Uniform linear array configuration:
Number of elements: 32
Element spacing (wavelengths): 0.75
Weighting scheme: hamming
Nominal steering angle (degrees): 30
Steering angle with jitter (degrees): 30.091
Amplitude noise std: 0.05
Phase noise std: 0.05

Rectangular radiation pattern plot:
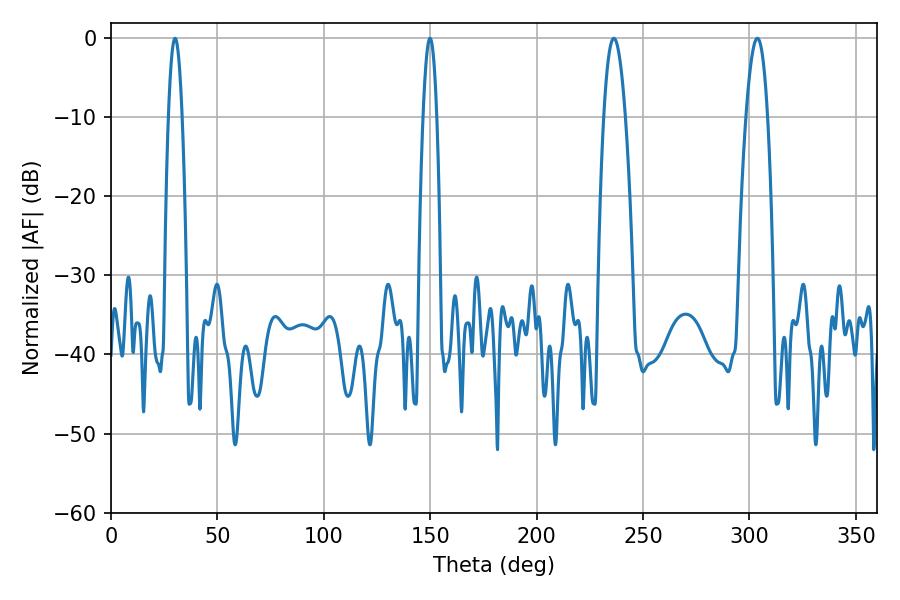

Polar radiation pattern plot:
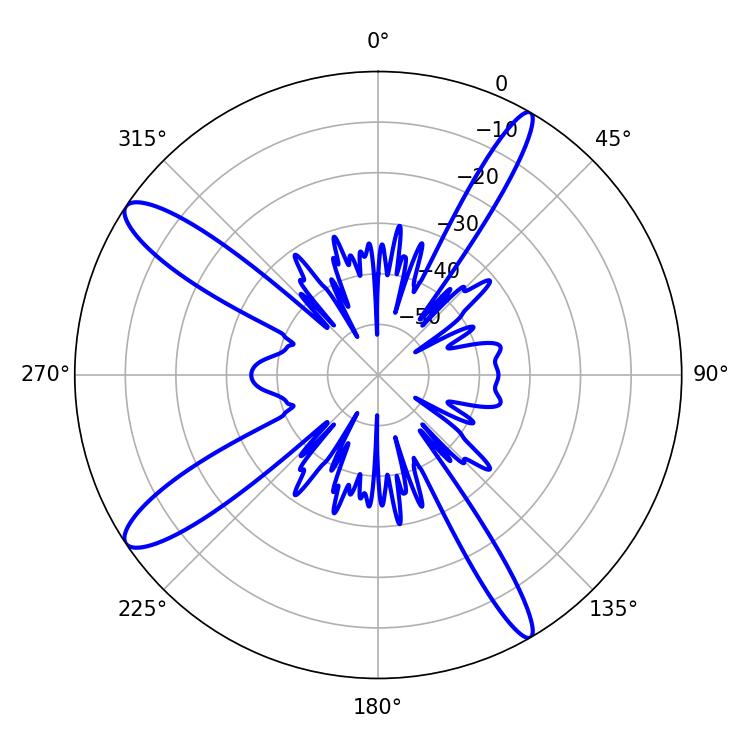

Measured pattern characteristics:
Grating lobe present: TRUE
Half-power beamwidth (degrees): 5.58
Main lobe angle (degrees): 236.34